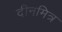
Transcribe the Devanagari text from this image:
दीनमित्र